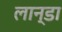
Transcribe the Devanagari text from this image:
लान्डा